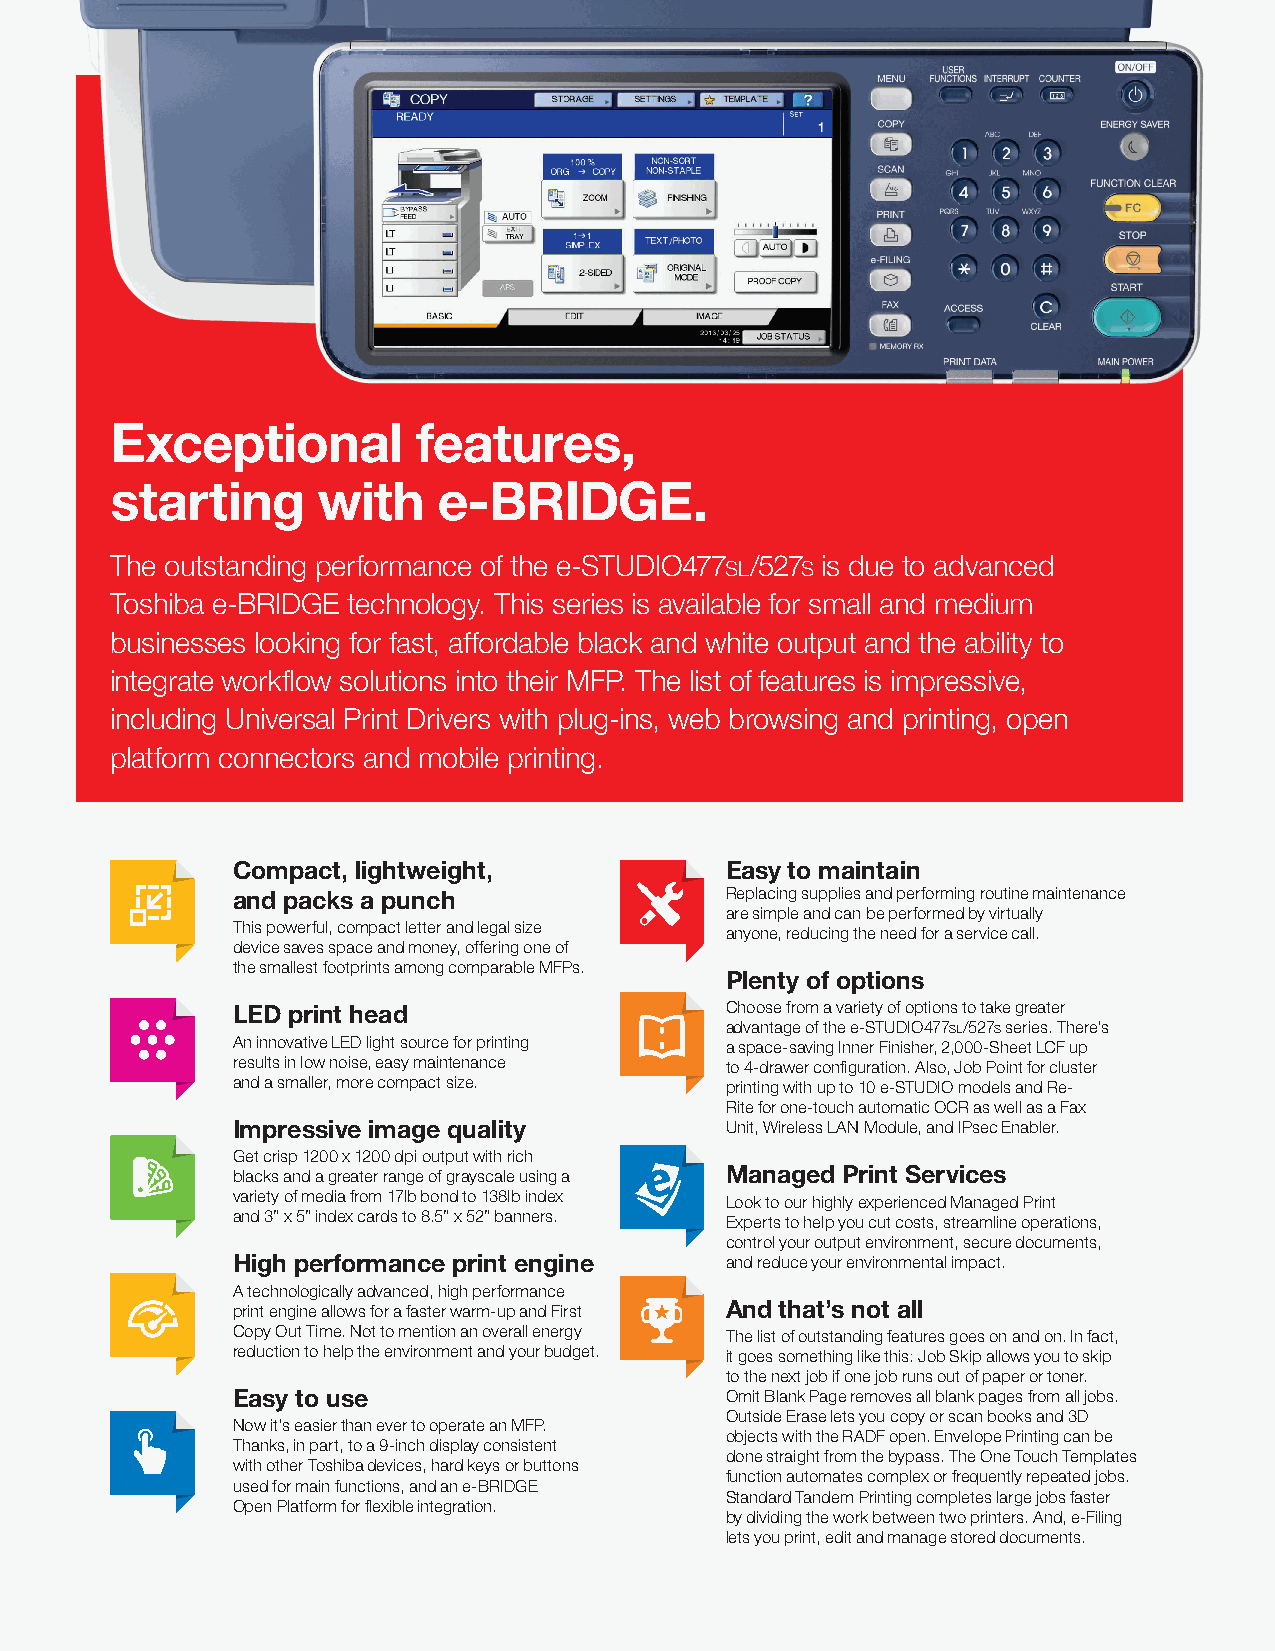
Exceptional          features,
 starting      with    e-BRIDGE.
 The outstanding performance of the e-STUDIO477 /527 is due to advanced
 SL   S
 Toshiba e-BRIDGE technology. This series is available for small and medium
 businesses looking for fast, affordable black and white output and the ability to
 integrate workflow solutions into their MFP. The list of features is impressive,
 including Universal Print Drivers with plug-ins, web browsing and printing, open
 platform connectors and mobile printing.
 Compact, lightweight,            Easy to maintain
 and packs a punch                Replacing supplies and performing routine maintenance
 are simple and can be performed by virtually
 This powerful, compact letter and legal size anyone, reducing the need for a service call.
 device saves space and money, offering one of
 the smallest footprints among comparable MFPs.
 Plenty of options
 LED print head                   Choose from a variety of options to take greater
 advantage of the e-STUDIO477SL/527S series. There’s
 An innovative LED light source for printing a space-saving Inner Finisher, 2,000-Sheet LCF up
 results in low noise, easy maintenance to 4-drawer configuration. Also, Job Point for cluster
 and a smaller, more compact size. printing with up to 10 e-STUDIO models and Re-
 Rite for one-touch automatic OCR as well as a Fax
 Impressive image quality         Unit, Wireless LAN Module, and IPsec Enabler.
 Get crisp 1200 x 1200 dpi output with rich
 blacks and a greater range of grayscale using a Managed Print Services
 variety of media from 17lb bond to 138Ib index Look to our highly experienced Managed Print
 and 3” x 5” index cards to 8.5” x 52” banners. Experts to help you cut costs, streamline operations,
 control your output environment, secure documents,
 High performance print engine    and reduce your environmental impact.
 A technologically advanced, high performance
 print engine allows for a faster warm-up and First And that’s not all
 Copy Out Time. Not to mention an overall energy The list of outstanding features goes on and on. In fact,
 reduction to help the environment and your budget. it goes something like this: Job Skip allows you to skip
 to the next job if one job runs out of paper or toner.
 Easy to use                      Omit Blank Page removes all blank pages from all jobs.
 Outside Erase lets you copy or scan books and 3D
 Now it’s easier than ever to operate an MFP.
 objects with the RADF open. Envelope Printing can be
 Thanks, in part, to a 9-inch display consistent
 done straight from the bypass. The One Touch Templates
 with other Toshiba devices, hard keys or buttons
 function automates complex or frequently repeated jobs.
 used for main functions, and an e-BRIDGE
 Standard Tandem Printing completes large jobs faster
 Open Platform for flexible integration.
 by dividing the work between two printers. And, e-Filing
 lets you print, edit and manage stored documents.